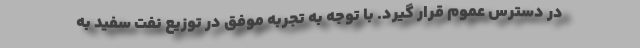
در دسترس عموم قرار گیرد. با توجه به تجربه موفق در توزیع نفت سفید به